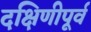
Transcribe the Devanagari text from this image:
दक्षिणीपूर्व